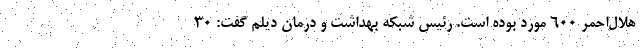
هلال‌احمر ۶۰۰ مورد بوده است. رئیس شبکه بهداشت و درمان دیلم گفت: ۳۰